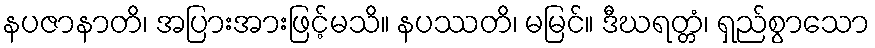
နပဇာနာတိ၊ အပြားအားဖြင့်မသိ။ နပဿတိ၊ မမြင်။ ဒီဃရတ္တံ၊ ရှည်စွာသော